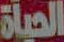
الحياة